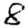
Digit: 8